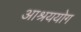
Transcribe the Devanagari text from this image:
आश्रययोग